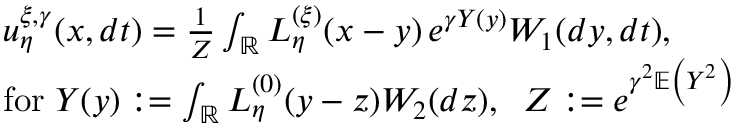
\begin{array} { r l } & { u _ { \eta } ^ { \xi , \gamma } ( x , d t ) = \frac { 1 } { Z } \int _ { \mathbb R } L _ { \eta } ^ { ( \xi ) } ( x - y ) \, e ^ { \gamma Y ( y ) } W _ { 1 } ( d y , d t ) , } \\ & { \mathrm { f o r } \; Y ( y ) : = \int _ { \mathbb R } L _ { \eta } ^ { ( 0 ) } ( y - z ) W _ { 2 } ( d z ) , \; \; Z : = e ^ { \gamma ^ { 2 } \mathbb E \left( { Y ^ { 2 } } \right) } } \end{array}